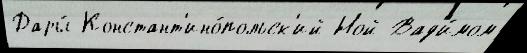
Дары́ Констант'ино́польск'ий Ной Вад'и́мом